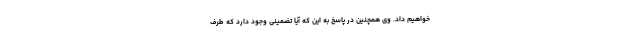
خواهیم داد. وی همچنین در پاسخ به این که آیا تضمینی وجود دارد که طرف